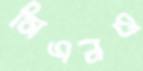
সিএনও